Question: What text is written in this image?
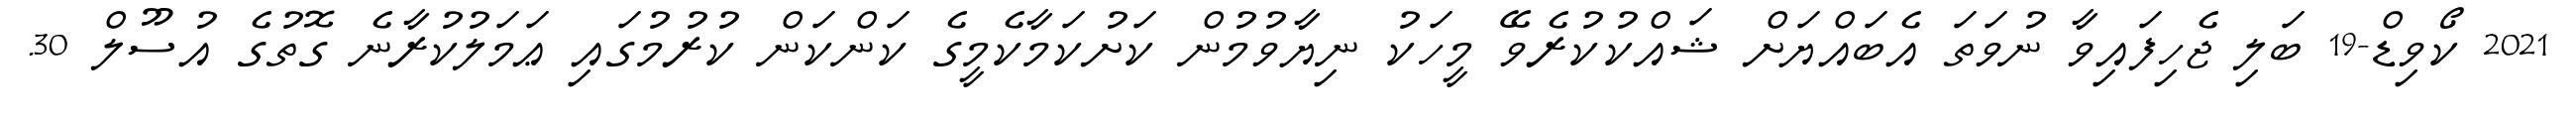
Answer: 2021 ކޯވިޑް-19 ބަލި ޖެހިފައިވާ ނުވަތަ އެބައްޔަށް ޝައްކުކުރެވޭ މީހަކު ނިޔާވުމުން ކަށުކަމާކެމީގެ ކަންކަން ކުރުމުގައި ޢަމަލުކުރާނެ ގޮތުގެ އުސޫލް 30.